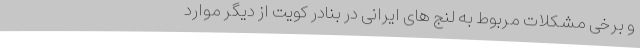
و برخی مشکلات مربوط به لنج های ایرانی در بنادر کویت از دیگر موارد